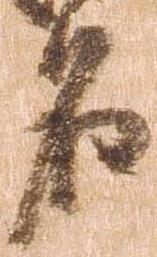
名